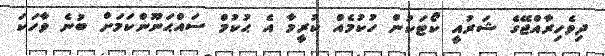
ދިވެހިރާއްޖޭގެ ޝަރުއީ ކޯޓަކުން ހުކުމެއް ކުރީމާ އެ ޙުކުމް ސައްޙަނޫންކަމަށް ބުނެ ވާހަކަ